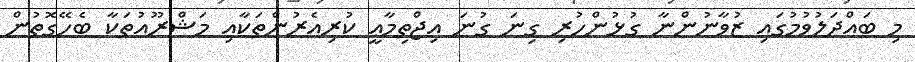
މި ބައްދަލުވުމުގައި ޒުވާނުންނާ ގުޅުންހުރި ގިނަ ގުނަ އިޖްތިމާޢީ ކުރިއެރުންތަކާއި މަޝްރޫއުތަކާ ބެހޭގޮތުން